Vital statistics of India. Vol. VI, European troops 1870-79
Year: 1870
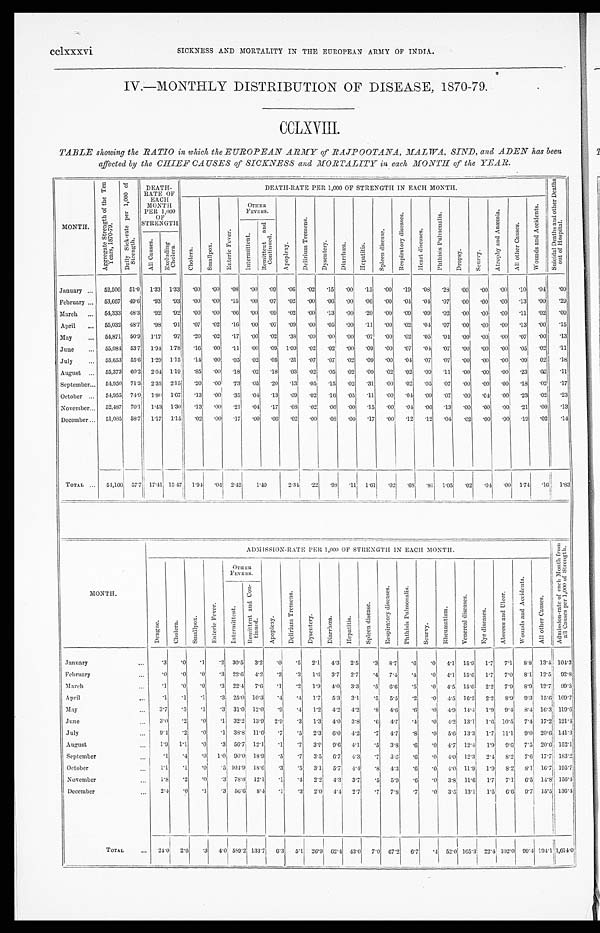
cclxxxvi
SICKNESS AND MORTALITY IN THE EUROPEAN ARMY OF INDIA.
IV.—MONTHLY DISTRIBUTION OF DISEASE, 1870-79.
CCLXVIII.
TABLE showing the RATIO in which the EUROPEAN ARMY of RAJPOOTANA, MALWA, SIND, and ADEN has been
affected by the CHIEF CAUSES of SICKNESS and MORTALITY in each MONTH of the YEAR.
MONTH.
A g g r e g a t e S t r e n g t h o f t h e T e n
Y e a r s , 1 8 7 0 - 7 9 .
D a i l y S i c k - r a t e p e r 1 , 0 0 0 o f
S t r e n g t h . DEATH-
RATE OF
EACH
MONTH
PER 1,000
OF
STRENGTH
DEATH-RATE PER 1,000 OF STRENGTH IN EACH MONTH.
S u i c i d a l D e a t h s a n d o t h e r D e a t h s
o u t o f H o s p i t a l .
C h o l e r a .
Smallpox.
E n t e r i c F e v e r .
OTHER FEVERS.
A p o p l e x y .
D e l i r i u m T r e m e n s .
D y s e n t e r y .
D i a r r h œ a .
H e p a t i t i s .
S p l e e n d i s e a s e .
R e s p i r a t o r y d i s e a s e s .
Hear t di seases.
P a t h i s i s P u l m o n a l i s .
Dropsy.
S c u r v y .
A t r o p h y a n d A n æ m i a . A l l o t h e r C a u s e s .
W o u n d s a n d A c c i d e n t s .
I n t e r m i t t e n t .
R e m i t t e n t a n d C o n t i n u e d .
A l l C a u s e s . E x c l u d i n g
C h o l e r a .
January ... 52,506 51.0 1.33 1.33 .00 .00 .08 .00 .09 .06 .02 .15 .00 .15 .00 .19 .08 .28 .00 .00 .00 .10 .04 .09
February . . . 53,667 49.6 .93 .93 .00 .00 .15 .00 .07 .02 .00 .06 .00 .06 .00 .04 .04 .07 .00 .00 .00 .13 .00 .29
March ... 54,333 48.3 .92 .92 .00 .00 .06 .00 .09 .02 .00 .13 .00 .20 .00 .09 .09 .02 .00 .00 .00 .11 .02 .09
April ... 55,032 48.7 .98 .91 .07 .02
. 16 .00 .07 .09 .00
. 0 5 .00 .11 .00 .02 .04 .07 .00 .00 .00 .13 .00 .15
May
. . . 54,871 50.9 1.17 .97 .20 .02
. 17 .00 .02 .38 .00 .00 .00 .07 .00 .02 .05 .04 .00
. 0 0 .00 .07 .00
. 13
June
... 55,084 53.7 1.94 1.78 .16 .00
. 11 .00 .09 1.09 .02 .02 .00 .09 .00 .07 .04 .07 .00
. 0 0 .00 .05 .02
. 11
July
... 55,653 55.6 1.29 1.15 .14 .00
. 05 .02 .05 .31 .07 .07 .02 .09 .00 .04 .07 .07 .00
. 0 0 .00 .09 02
. 18
August ... 55,373 60.2 2.04 1.19 .85
. 0 0
. 18 .02 .18 .03 .02 .05 .02 .09 .02 .02 .09 .11 .00
. 0 0 .00 .23 .02
. 11
September . . . 54,950 71.3 2.35 2.15 .20
. 00
. 73 .05
. 2 0 .13 .05 .15
. 02 .31 .00 .02 .05 .07 .00 .00 .00 .18 .02
. 17
October ... 54,955 74.9 1.80 1.67 .13
. 00
. 35 .04 .13 .09 .02
. 1 6
. 05 .11 .00 .04 .09
. 07
. 00 .04 .00 .23 .02
. 23
November . . . 52,487 70.1 1.43 1.30
. 1 3
. 00
. 21 .04 .17 .08 .02 .06
. 00
. 15 .00 .04 .06
. 13
. 00
. 0 0 .00 .21 .00
. 13
December ... 51,085 58.7 1.17 1.15 .02
. 00
. 17 .00 .06 .02 .00 .08
. 0 0
. 17 .00 .12 .12
. 04
. 02
. 0 0 .00
. 19 .02
. 14
TOTAL . . . 54,166 5 7 . 7
17.41
1 5 . 4 7
1.94
. 04 2.42 1.40
2.34
. 22 .98 . 11 1.61 . 02
.68
.81
1.05
. 02 .04 .00 1.74
. 16 1.83
MONTH.
ADMISSION-RATE P ER 1,000 OF STRENGTH IN EACH MONTH.
A d m i s s i o n - r a t e o f e a c h M o n t h f r o m
a l l C a u s e s p e r 1 , 0 0 0 o f S t r e n g t h . .
D e n g u e .
Ch o l e r a .
S m a l l p o x .
E n t e r i c F e v e r .
OTHER
FEVERS.
A p o p l e x y .
D e l i r i u m T r e m e n s .
D y s e n t e r y . D i a r r h œ a .
He p a t i t i s .
S p l e e n d i s e a s e .
R e s p i r a t o r y d i s e a s e s .
P h t h i s i s P u l m o n a l i s .
S c u r v y .
R h e u m a t i s m .
V e n e r e a l d i s e a s e s .
E y e d i s e a s e s .
A b s c e s s a n d U l c e r .
W o u n d s a n d A c c i d e n t s .
A l l o t h e r C a u s e s .
I n t e r m i t t e n t .
R e m i t t e n t a n d C o n -
t i nued.
January
. . .
.3
. 0 .1 .2 30.5 3.2 .0 .5 2.1 4.3 2.5 .3 8.7 .6
. 0 4.1 15.9 1.7 7.1 8.8 13.4 104.3
February
. . .
.0
. 0 .0 .3 22.6 4.2 .2 .3 1.6 3.7 2.7 .4 7.4 .4 .0 4.1 15.6 1.7 7.0 8.1 12.5 92.8
March
... .1
. 0 .0 .3 22.4 7.6 .1 .2 1.9 4.0 3.3 .5 6.6 .5 .0 4.5 15.6 2.2 7.9 8.9 12.7 99.3
April
. . .
.1
. 1 .1 .3 25.0 10.3 .4 .4 1.7 5.3 3.1 .5 5.5 .2 .0 4.5 16.2 2.2 8.9 9.3 15.6 109.7
May
. . .
3.7
. 3 .1 .3 31.0 12.0 .9 .4 1.2 4.2 4.2 .8 4.6 .6 .0 4.9 14.4 1.9 9.4 8.4 16.3 119.6
J u n e
. . .
3.0
. 2 .0 .1 32.2 13.9 2.9 .3 1.3 4.0 3.8 .6 4.7 .4 .0 4.2 13.1 1.6 10.5 7.4 17.2 121.4
July
. . .
9.4
. 2 .0 .1 38.8 11.6 .7 .5 2.3 6.0 4.2 .7 4.7 .8 .0 5.6 13.3 1.7 11.1 9.0 20.6 141.3
August
. . .
1.9 1.1 .0 .3 56.7 12.1 .1 .7 3.9 9.6 4.1 .5 3.8 .6 .0 4.7 12.4 1.9 9.6 7.5 20.6 152.1
September
. . .
.1
. 4 .0 1.0 90.0 18.9 .5 .7 3.5 6.7 4.3 .7 3.6 .6 .0 4.0 12.3 2.4 8.2 7.6 17.7 183.2
October
. . .
1.1
. 1 .0 .5 104.9 18.6 .3 .5 3.1 5.7 4.4
. 8 4.3 .6 .0
4 . 0 11.9 1.9 8.2 8.1 16.7 195.7
November
. . .
1.8
. 2 .0 .3 78.8 12.1 .1 .4 2.2 4.3 3.7 .5 5.9 .6 .0 3.8 11.6 1.7 7.1 6.5 14.8 156.4
D e c e m b e r
. . .
2 . 4
. 0
. 1
.3 56.6 8.4 .1 .3 2.0 4.4 2.7 .7 7.8 .7 .0 3.5 13.1 1.5 6. 6
9.7 15.5 136.4
TOTAL
. . .
24.0 2.6
. 3 4.0 5 8 9 . 2
133.7 6.3 5.1 26.9 62.4 43.0 7.0 67.2 6.7
. 4 52.0 165.3 22.4 102.0 99.4 194.1 1,614.0